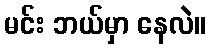
မင်း ဘယ်မှာ နေလဲ။